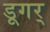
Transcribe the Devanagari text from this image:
डूगर्